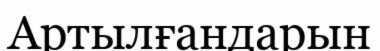
Артылғандарын